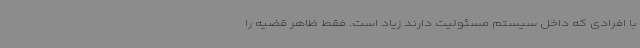
با افرادی که داخل سیستم مسئولیت دارند زیاد است. فقط ظاهر قضیه را